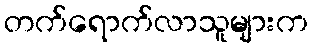
တက်ရောက်လာသူများက